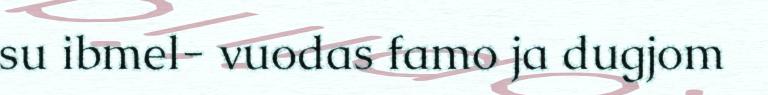
su ibmel- vuodas famo ja dugjom